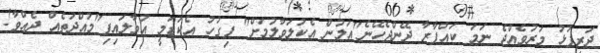
ދަރިފުޅު މަރުވެއްޖެ ނަމަ ކައްފާރާ ދޭންޖެހޭނެ"އަލުން އެކުލަވާލުމަށް" ފިގުހު އެކަޑަމީ އުވާލައިފި"މުއްދަތެއް ދެއްވާ!